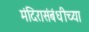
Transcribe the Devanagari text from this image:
मंदिरासंबंधीच्या